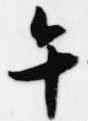
午